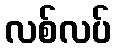
လစ်လပ်